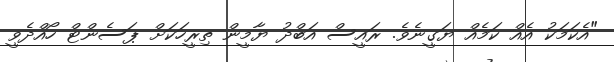
"އެކަމަކު އެއް ކަމެއް ޔަގީނެވެ. ރައީސް އަބްދު ޔާމީން ތިރީހަކަށް ޕަސެންޓް ހޯއްދެވީ